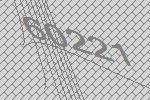
60221